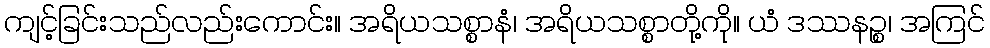
ကျင့်ခြင်းသည်လည်းကောင်း။ အရိယသစ္စာနံ၊ အရိယသစ္စာတို့ကို။ ယံ ဒဿနဉ္စ၊ အကြင်